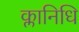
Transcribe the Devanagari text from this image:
क्लानिधि